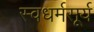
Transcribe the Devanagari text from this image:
स्वधर्मसूर्य